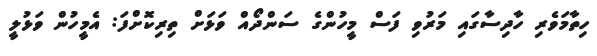
ހިތާމަވެރި ހާދިސާގައި މަރުވި ފަސް މީހުންގެ ސަންދޯއް ވަޅަށް ތިރިކޮށްފަ: އެމީހުން ވަޅުލީ